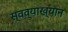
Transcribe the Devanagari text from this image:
स्वव्याख्यान